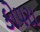
કોપરા